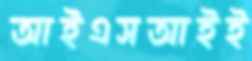
আইএসআইই